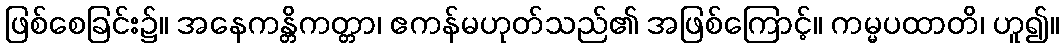
ဖြစ်စေခြင်း၌။ အနေကန္တိကတ္တာ၊ ဧကန်မဟုတ်သည်၏ အဖြစ်ကြောင့်။ ကမ္မပထာတိ၊ ဟူ၍။